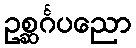
ဥစ္ဆင်္ဂပညော